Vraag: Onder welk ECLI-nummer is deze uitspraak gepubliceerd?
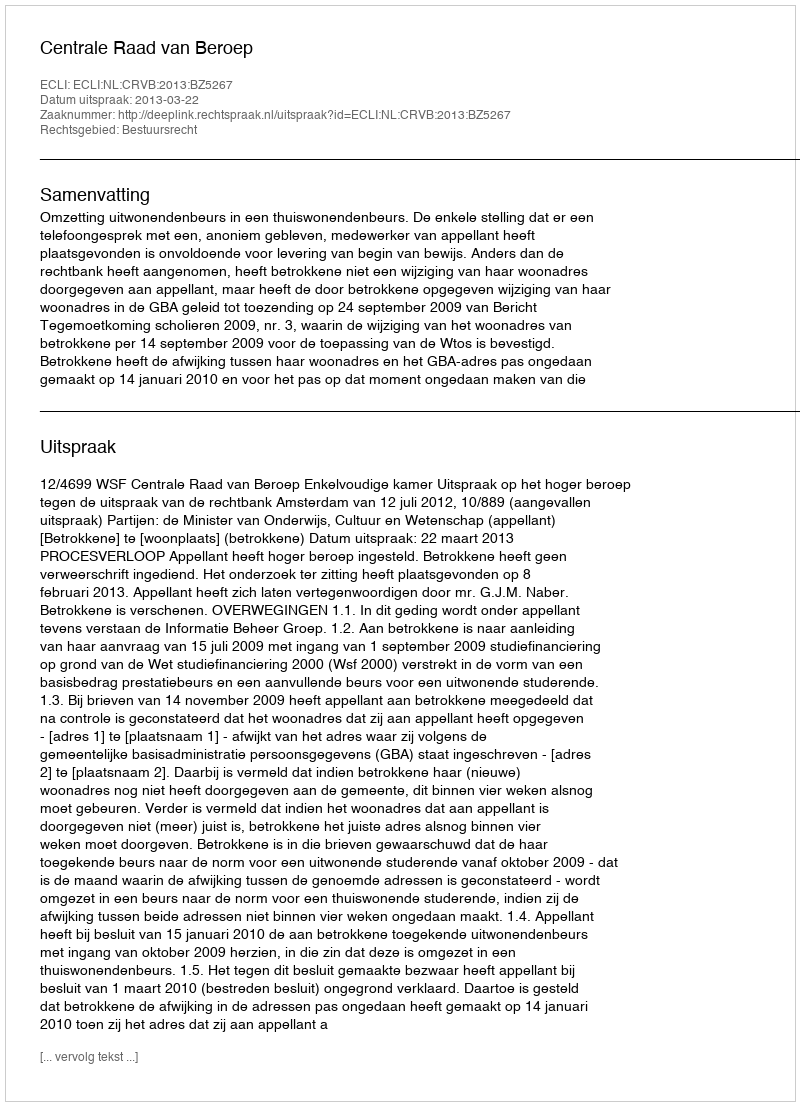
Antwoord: ECLI:NL:CRVB:2013:BZ5267